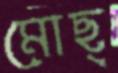
মোছ্‌